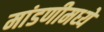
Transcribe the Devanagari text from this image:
मांडणीमध्‍ये